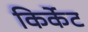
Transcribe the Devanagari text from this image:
किर्केट